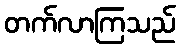
တက်လာကြသည်